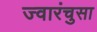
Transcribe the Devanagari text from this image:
ज्वारंचुसा